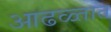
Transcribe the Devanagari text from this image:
आढळ्तात